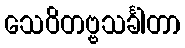
သေဝိတဗ္ဗသင်္ခါတာ